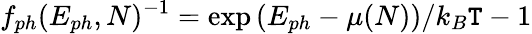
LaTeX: f_{ph}(E_{ph},N)^{-1}=\exp{(E_{ph}-\mu(N))/k_{B}\mathtt{T}}-1